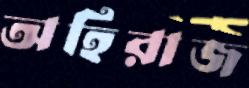
অহিরাজ